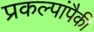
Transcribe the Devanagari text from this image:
प्रकल्पांपैकी